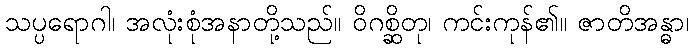
သပ္ပရောဂါ၊ အလုံးစုံအနာတို့သည်။ ဝိဂစ္ဆိတု၊ ကင်းကုန်၏။ ဇာတိအန္ဓာ၊